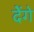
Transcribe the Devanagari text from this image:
देेंगे